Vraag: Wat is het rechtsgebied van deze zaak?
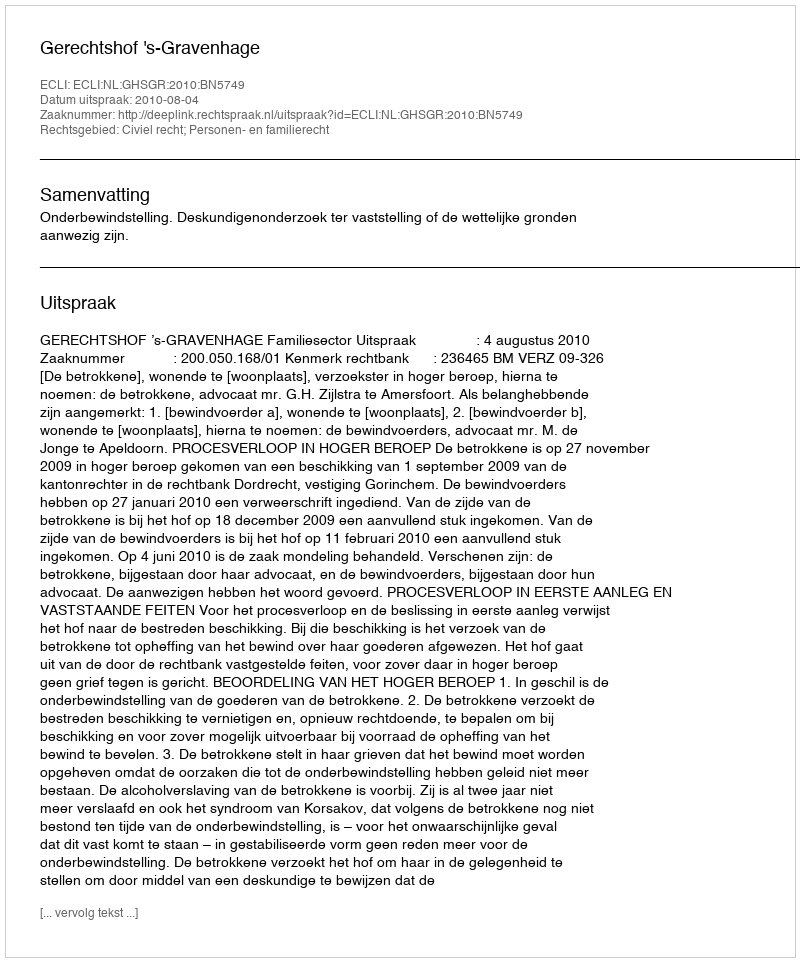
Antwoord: Civiel recht; Personen- en familierecht